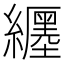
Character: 𬘉